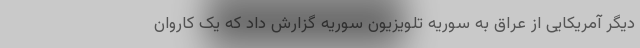
دیگر آمریکایی از عراق به سوریه تلویزیون سوریه گزارش داد که یک کاروان